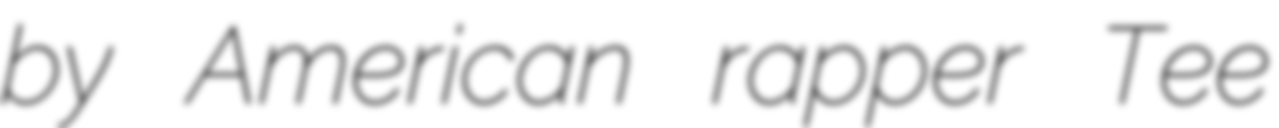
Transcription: by American rapper Tee